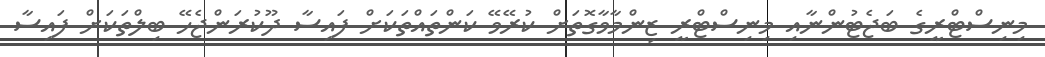
މިނިސްޓްރީގެ ބަޖެޓުންނާއި މިނިސްޓްރީ ޒިންމާވާގޮތަށް ކުރޭވޭ ކަންތައްތަކަށް ފައިސާ ދޫކުރަންޖެހޭ ބިލްތަކަށް ފައިސާ